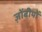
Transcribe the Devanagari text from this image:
ज़ोंबीयों